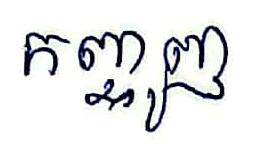
កញ្ចូញ